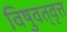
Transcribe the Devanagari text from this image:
विषुवत्‌वृत्त